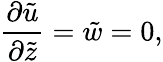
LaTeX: \frac{\partial\tilde{u}}{\partial\tilde{z}}=\tilde{w}=0,